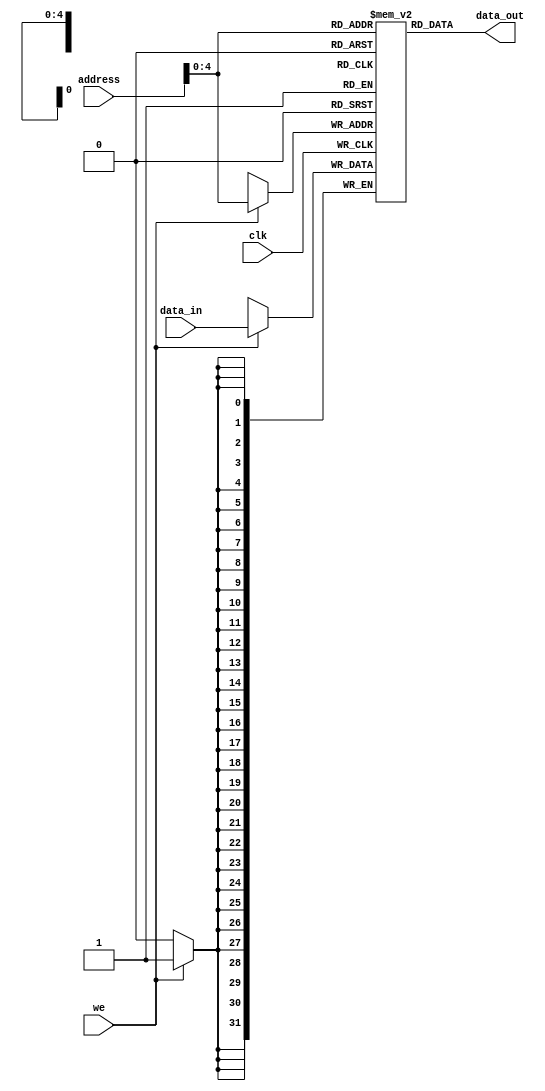
module data_mem #(parameter N=32, Depth = 32)
(input [N-1 : 0] address, input [N-1 : 0] data_in, output reg [N-1 : 0] data_out, input we, input clk);
reg [N-1: 0] memory [Depth-1: 0];

initial begin
memory[0] = 32'd1;
memory[1] = 32'd2;
memory[2] = 32'd3;
memory[3] = 32'd4;
memory[4] = 32'd5;
memory[5] = 32'd6;
end

always @(posedge clk) 
if(we)
memory[address] = data_in;

always @(address) 
data_out = memory[address];
endmodule